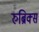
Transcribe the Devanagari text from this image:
रुब्रिक्स